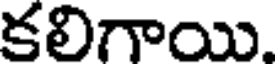
కలిగాయి.